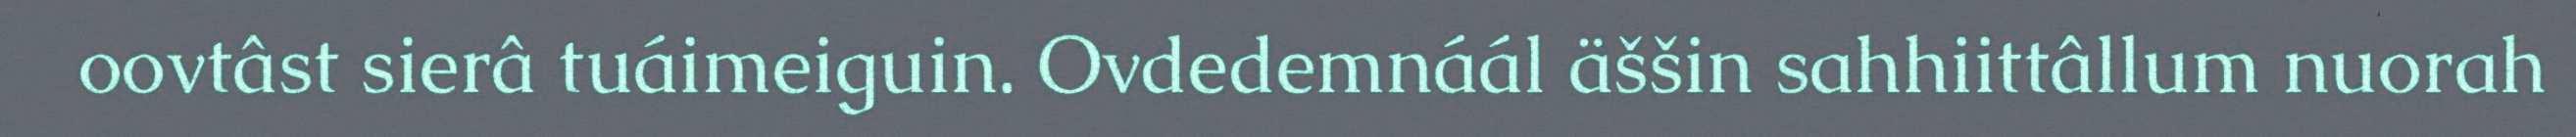
oovtâst sierâ tuáimeiguin. Ovdedemnáál äššin sahhiittâllum nuorah